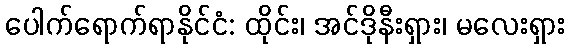
ပေါက်ရောက်ရာနိုင်ငံ: ထိုင်း၊ အင်ဒိုနီးရှား၊ မလေးရှား